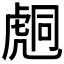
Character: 𧇌